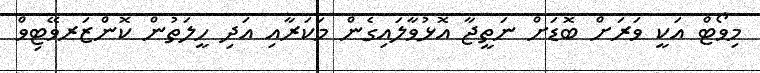
މިވޯޓް އަކީ ވަރަށް ބޮޑަށް ނަތީޖާ އޮޅުވާލައިގެން މަކަރާއި އަދި ހީލަތުން ކޮންޒަރވޭޓިވް